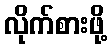
လိုက်စားဖို့